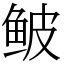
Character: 鲏